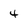
Character: 4